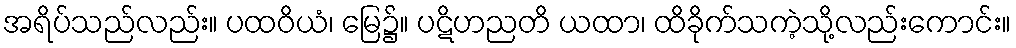
အရိပ်သည်လည်း။ ပထဝိယံ၊ မြေ၌။ ပဋိဟညတိ ယထာ၊ ထိခိုက်သကဲ့သို့လည်းကောင်း။